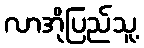
လာအိုပြည်သူ့